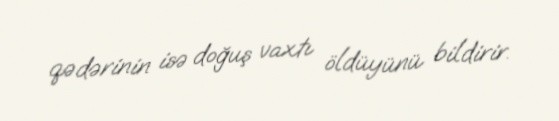
qədərinin isə doğuş vaxtı öldüyünü bildirir.